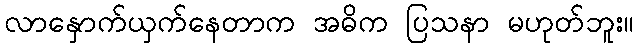
လာနှောက်ယှက်နေတာက အဓိက ပြသနာ မဟုတ်ဘူး။